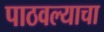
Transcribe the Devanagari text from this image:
पाठवल्याचा